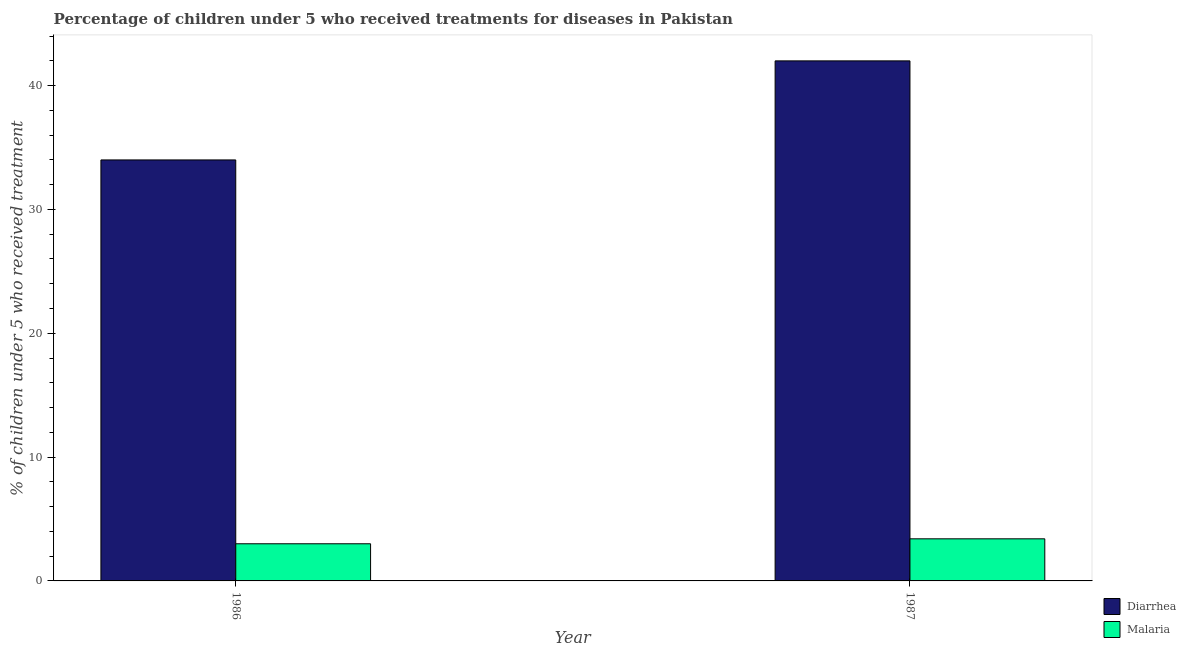
| Year | Diarrhea | Malaria |
 | --- | --- | --- |
 | 1986 | 34 | 3 |
 | 1987 | 42 | 3.4 |